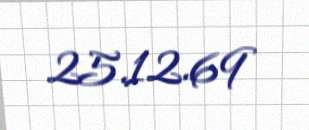
25.12.69